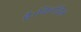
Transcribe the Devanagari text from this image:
है।विलंबित